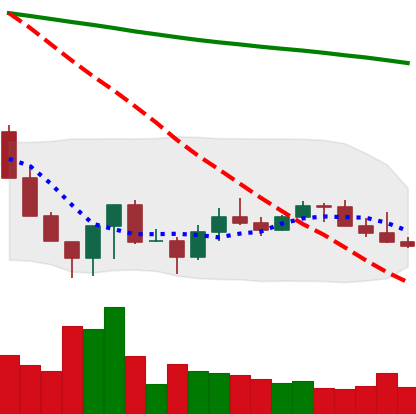
Ticker: LINK-USD
Chart end date: 2022-06-29
Forward return: 3.569%
Label: up_3_5